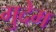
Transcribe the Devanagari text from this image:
गुदेम